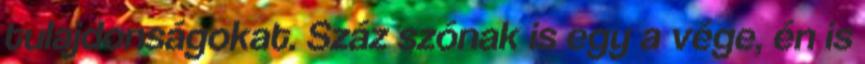
tulajdonságokat. Száz szónak is egy a vége, én is